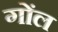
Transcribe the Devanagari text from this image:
गोंल